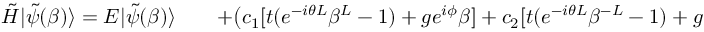
\begin{array} { r l r } { \Tilde { H } | \Tilde { \psi } ( \beta ) \rangle = E | \Tilde { \psi } ( \beta ) \rangle } & { { } } & { + \big ( c _ { 1 } [ t ( e ^ { - i \theta L } \beta ^ { L } - 1 ) + g e ^ { i \phi } \beta ] + c _ { 2 } [ t ( e ^ { - i \theta L } \beta ^ { - L } - 1 ) + g e ^ { i \phi } \beta ^ { - 1 } ] \big ) | 1 \rangle } \end{array}